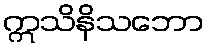
ဣသိနိသဘော